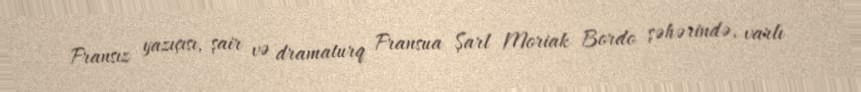
Fransız yazıçısı, şair və dramaturq Fransua Şarl Moriak Bordo şəhərində, varlı